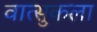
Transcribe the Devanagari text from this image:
वात्सुकला